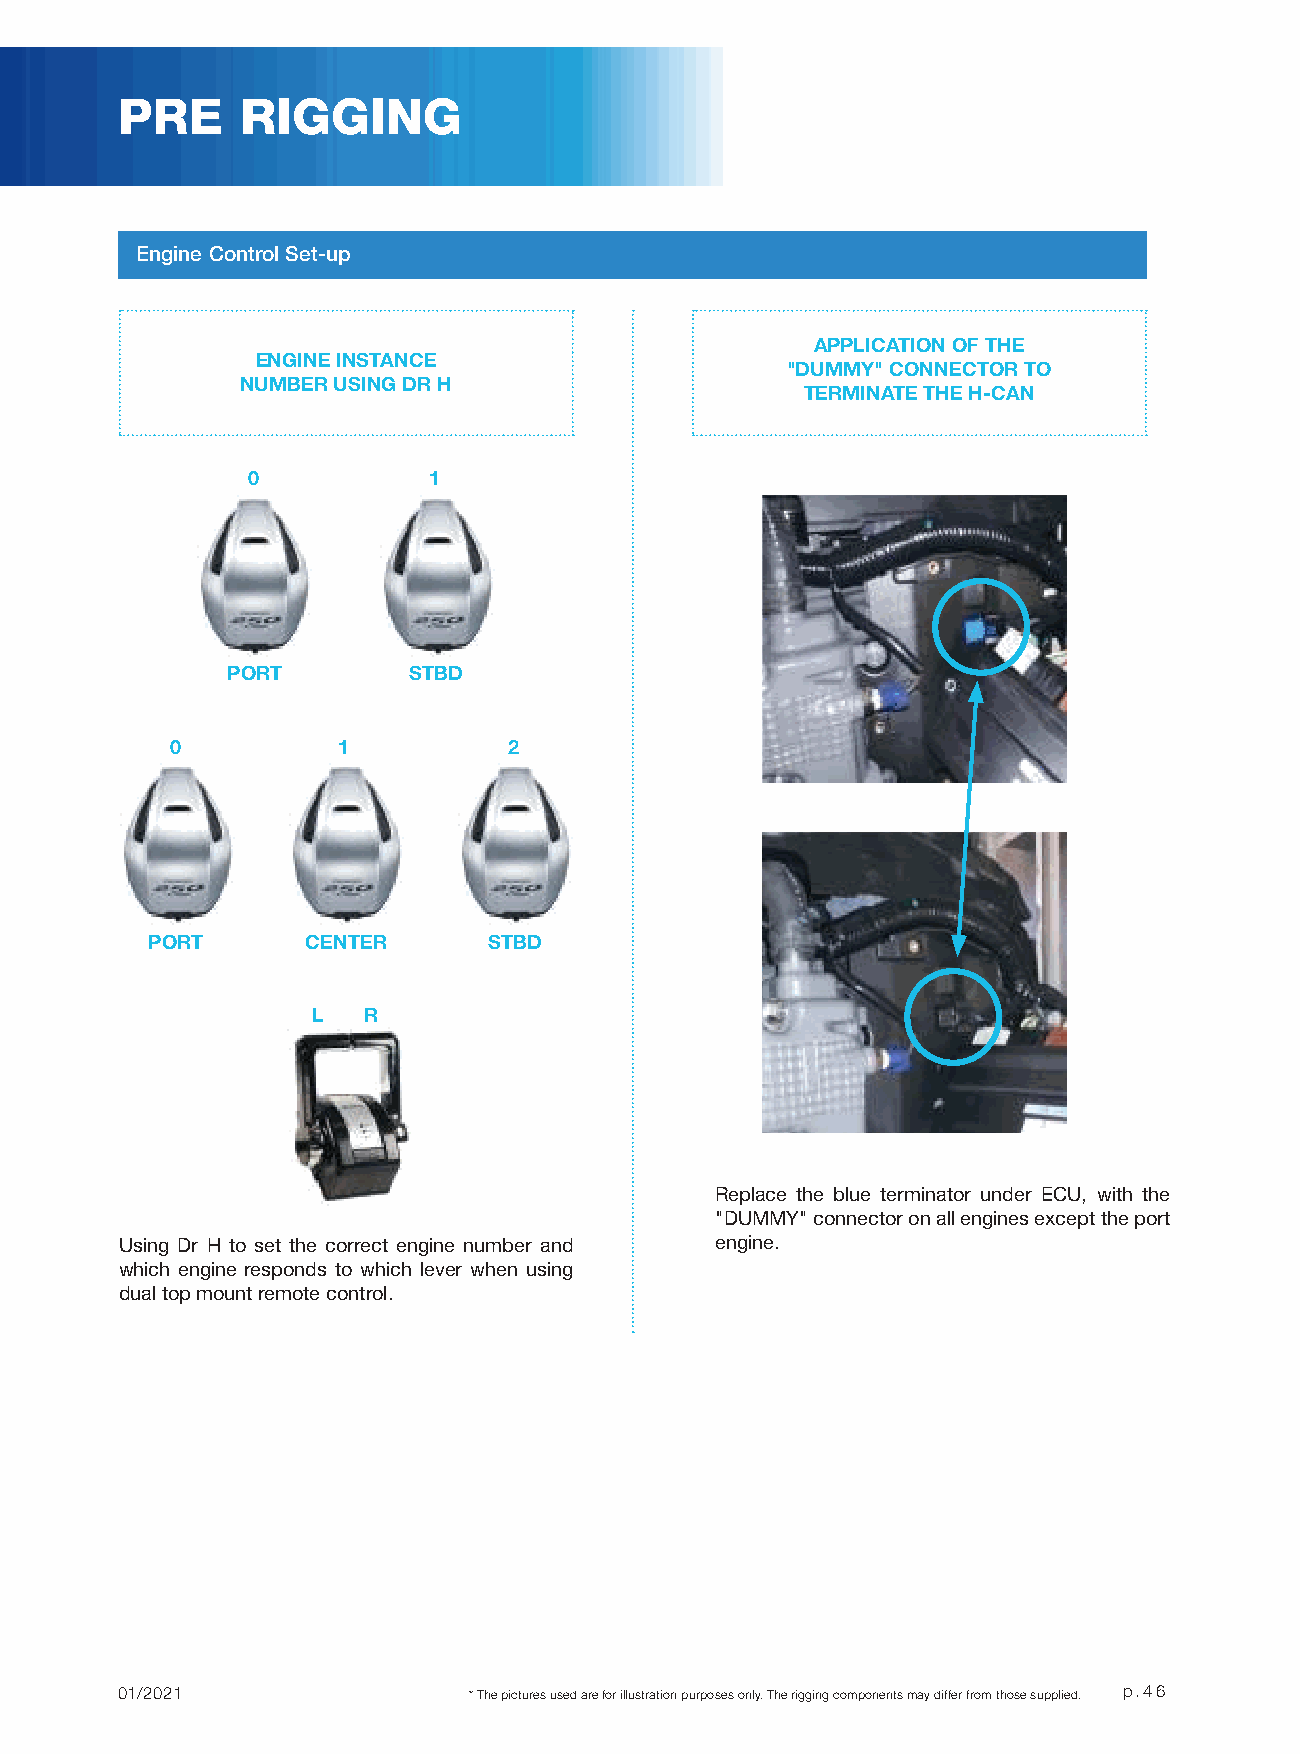
PRE     RIGGING
 Engine Control Set-up
 APPLICATION OF THE
 ENGINE INSTANCE
 "DUMMY" CONNECTOR TO
 NUMBER USING DR H
 TERMINATE THE H-CAN
 0           1
 PORT        STBD
 0          1           2
 PORT      CENTER      STBD
 L  R
 Replace the blue terminator under ECU, with the
 "DUMMY" connector on all engines except the port
 Using Dr H to set the correct engine number and engine.
 which engine responds to which lever when using
 dual top mount remote control.
 01/2021                * The pictures used are for illustration purposes only. The rigging components may differ from those supplied. p.46